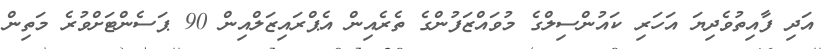
އަދި ފާއިތުވެދިޔަ އަހަރި ކައުންސިލްގެ މުވައްޒަފުންގެ ތެރެއިން އެޕްރައިޒަލްއިން 90 ޕަސެންޓަށްވުރެ މަތިން